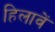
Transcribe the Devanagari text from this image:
हिलावें